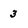
Character: 3